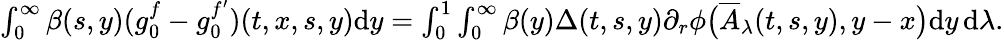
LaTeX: \begin{array}{r}{\int_{0}^{\infty}\beta(s,y)(g_{0}^{f}-g_{0}^{f^{\prime}})(t,x,s,y)\mathrm{d}y=\int_{0}^{1}\int_{0}^{\infty}\beta(y)\Delta(t,s,y)\partial_{r}\phi\big(\overline{{A}}_{\lambda}(t,s,y),y-x\big)\mathrm{d}y\, \mathrm{d}\lambda.}\end{array}